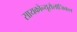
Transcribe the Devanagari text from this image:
सायकोन्यूरोलॉजिकल